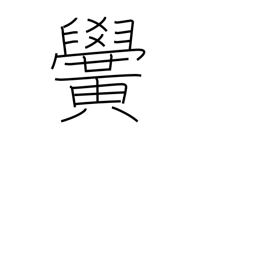
Meaning: school